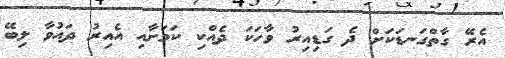
އެރޭ ގާތްގަނޑަކަށް ދެ ގަޑިއިރު ވާހަކަ ދެއްކި ކަމަށާއި އެއިރު ދައުވާ ލިބޭ